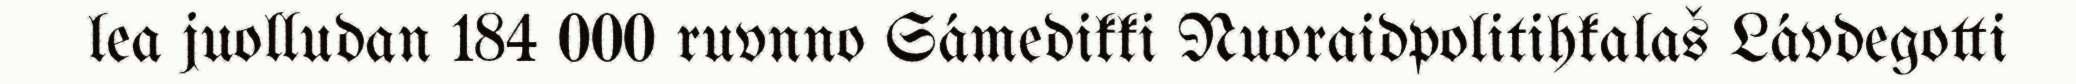
lea juolludan 184 000 ruvnno Sámedikki Nuoraidpolitihkalaš Lávdegotti